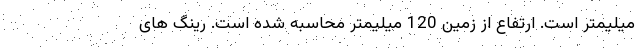
میلیمتر است. ارتفاع از زمین 120 میلیمتر محاسبه شده است. رینگ های